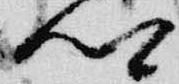
卿